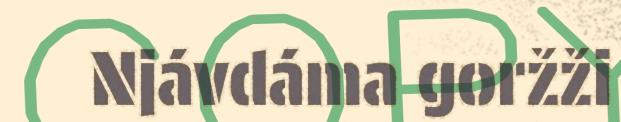
Njávdáma goržži